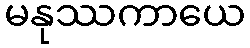
မနုဿကာယေ